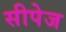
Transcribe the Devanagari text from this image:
सीपेज